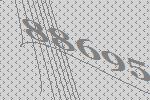
88695